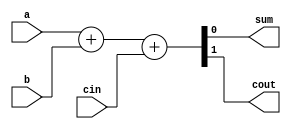
`timescale 1ns / 1ps
//////////////////////////////////////////////////////////////////////////////////
// Company: 
// Engineer: 
// 
// Design Name: 
// Module Name: FA
// Project Name: 
// Target Devices: 
// Tool Versions: 
// Description: 
// 
// Dependencies: 
// 
// Revision:
// Revision 0.01 - File Created
// Additional Comments:
// 
//////////////////////////////////////////////////////////////////////////////////


module FA(input cin, a, b, output sum, cout);
    assign {cout, sum} = a + b + cin;
endmodule